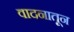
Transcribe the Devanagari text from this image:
वादनातून